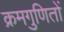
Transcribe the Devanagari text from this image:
क्रमगुणितों